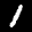
Label: 1